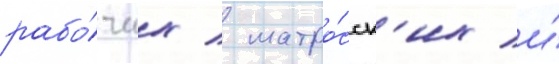
рабо́чих / матро́сск'их и́